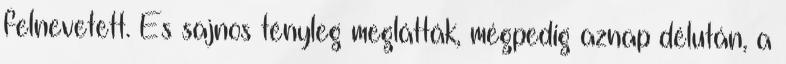
felnevetett. És sajnos tényleg meglátták, mégpedig aznap délután, a